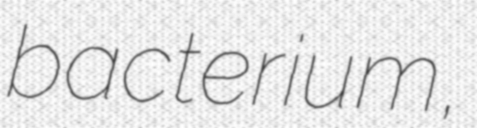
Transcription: bacterium,